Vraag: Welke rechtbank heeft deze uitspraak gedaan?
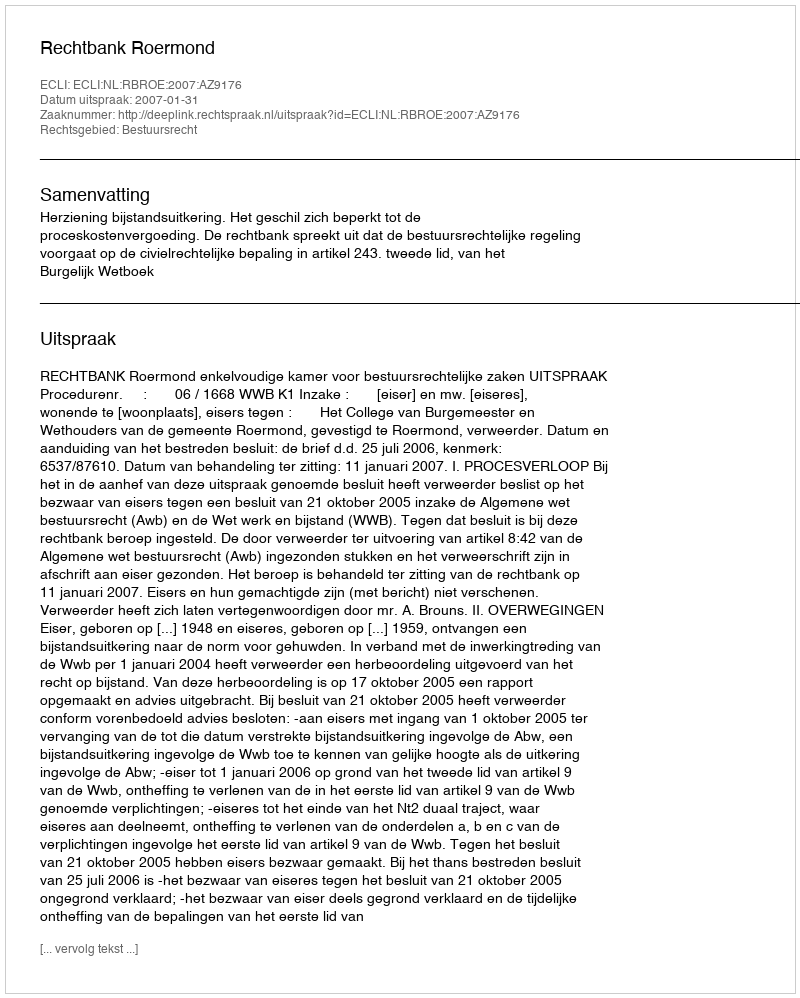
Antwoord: Rechtbank Roermond